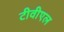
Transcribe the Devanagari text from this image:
टीवीएल